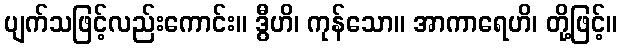
ပျက်သဖြင့်လည်းကောင်း။ ဒွီဟိ၊ ကုန်သော။ အာကာရေဟိ၊ တို့ဖြင့်။